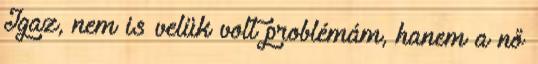
Igaz, nem is velük volt problémám, hanem a nő